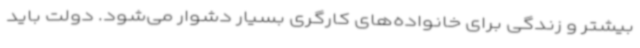
بیشتر و زندگی برای خانواده‌های کارگری بسیار دشوار می‌شود. دولت باید